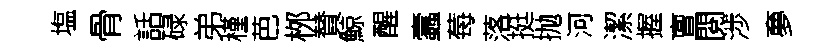
塩骨話碌弟槿芭桞賛鯨醒蠧莓落挺抛河潔握亶閱渉夣